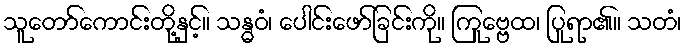
သူတော်ကောင်းတို့နှင့်။ သန္ဓဝံ၊ ပေါင်းဖော်ခြင်းကို။ ကြုဗ္ဗေထ၊ ပြုရာ၏။ သတံ၊